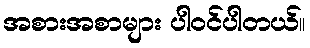
အစားအစာများ ပါဝင်ပါတယ်။